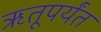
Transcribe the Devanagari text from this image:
ऋतूपर्यंत